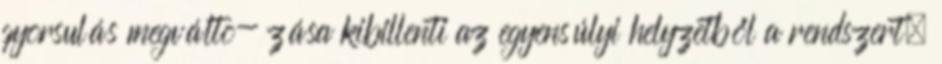
gyorsulás megválto- zása kibillenti az egyensúlyi helyzetből a rendszert,